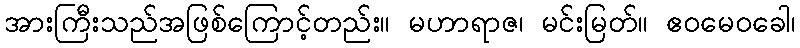
အားကြီးသည်အဖြစ်ကြောင့်တည်း။ မဟာရာဇ၊ မင်းမြတ်။ ဧဝမေဝခေါ၊